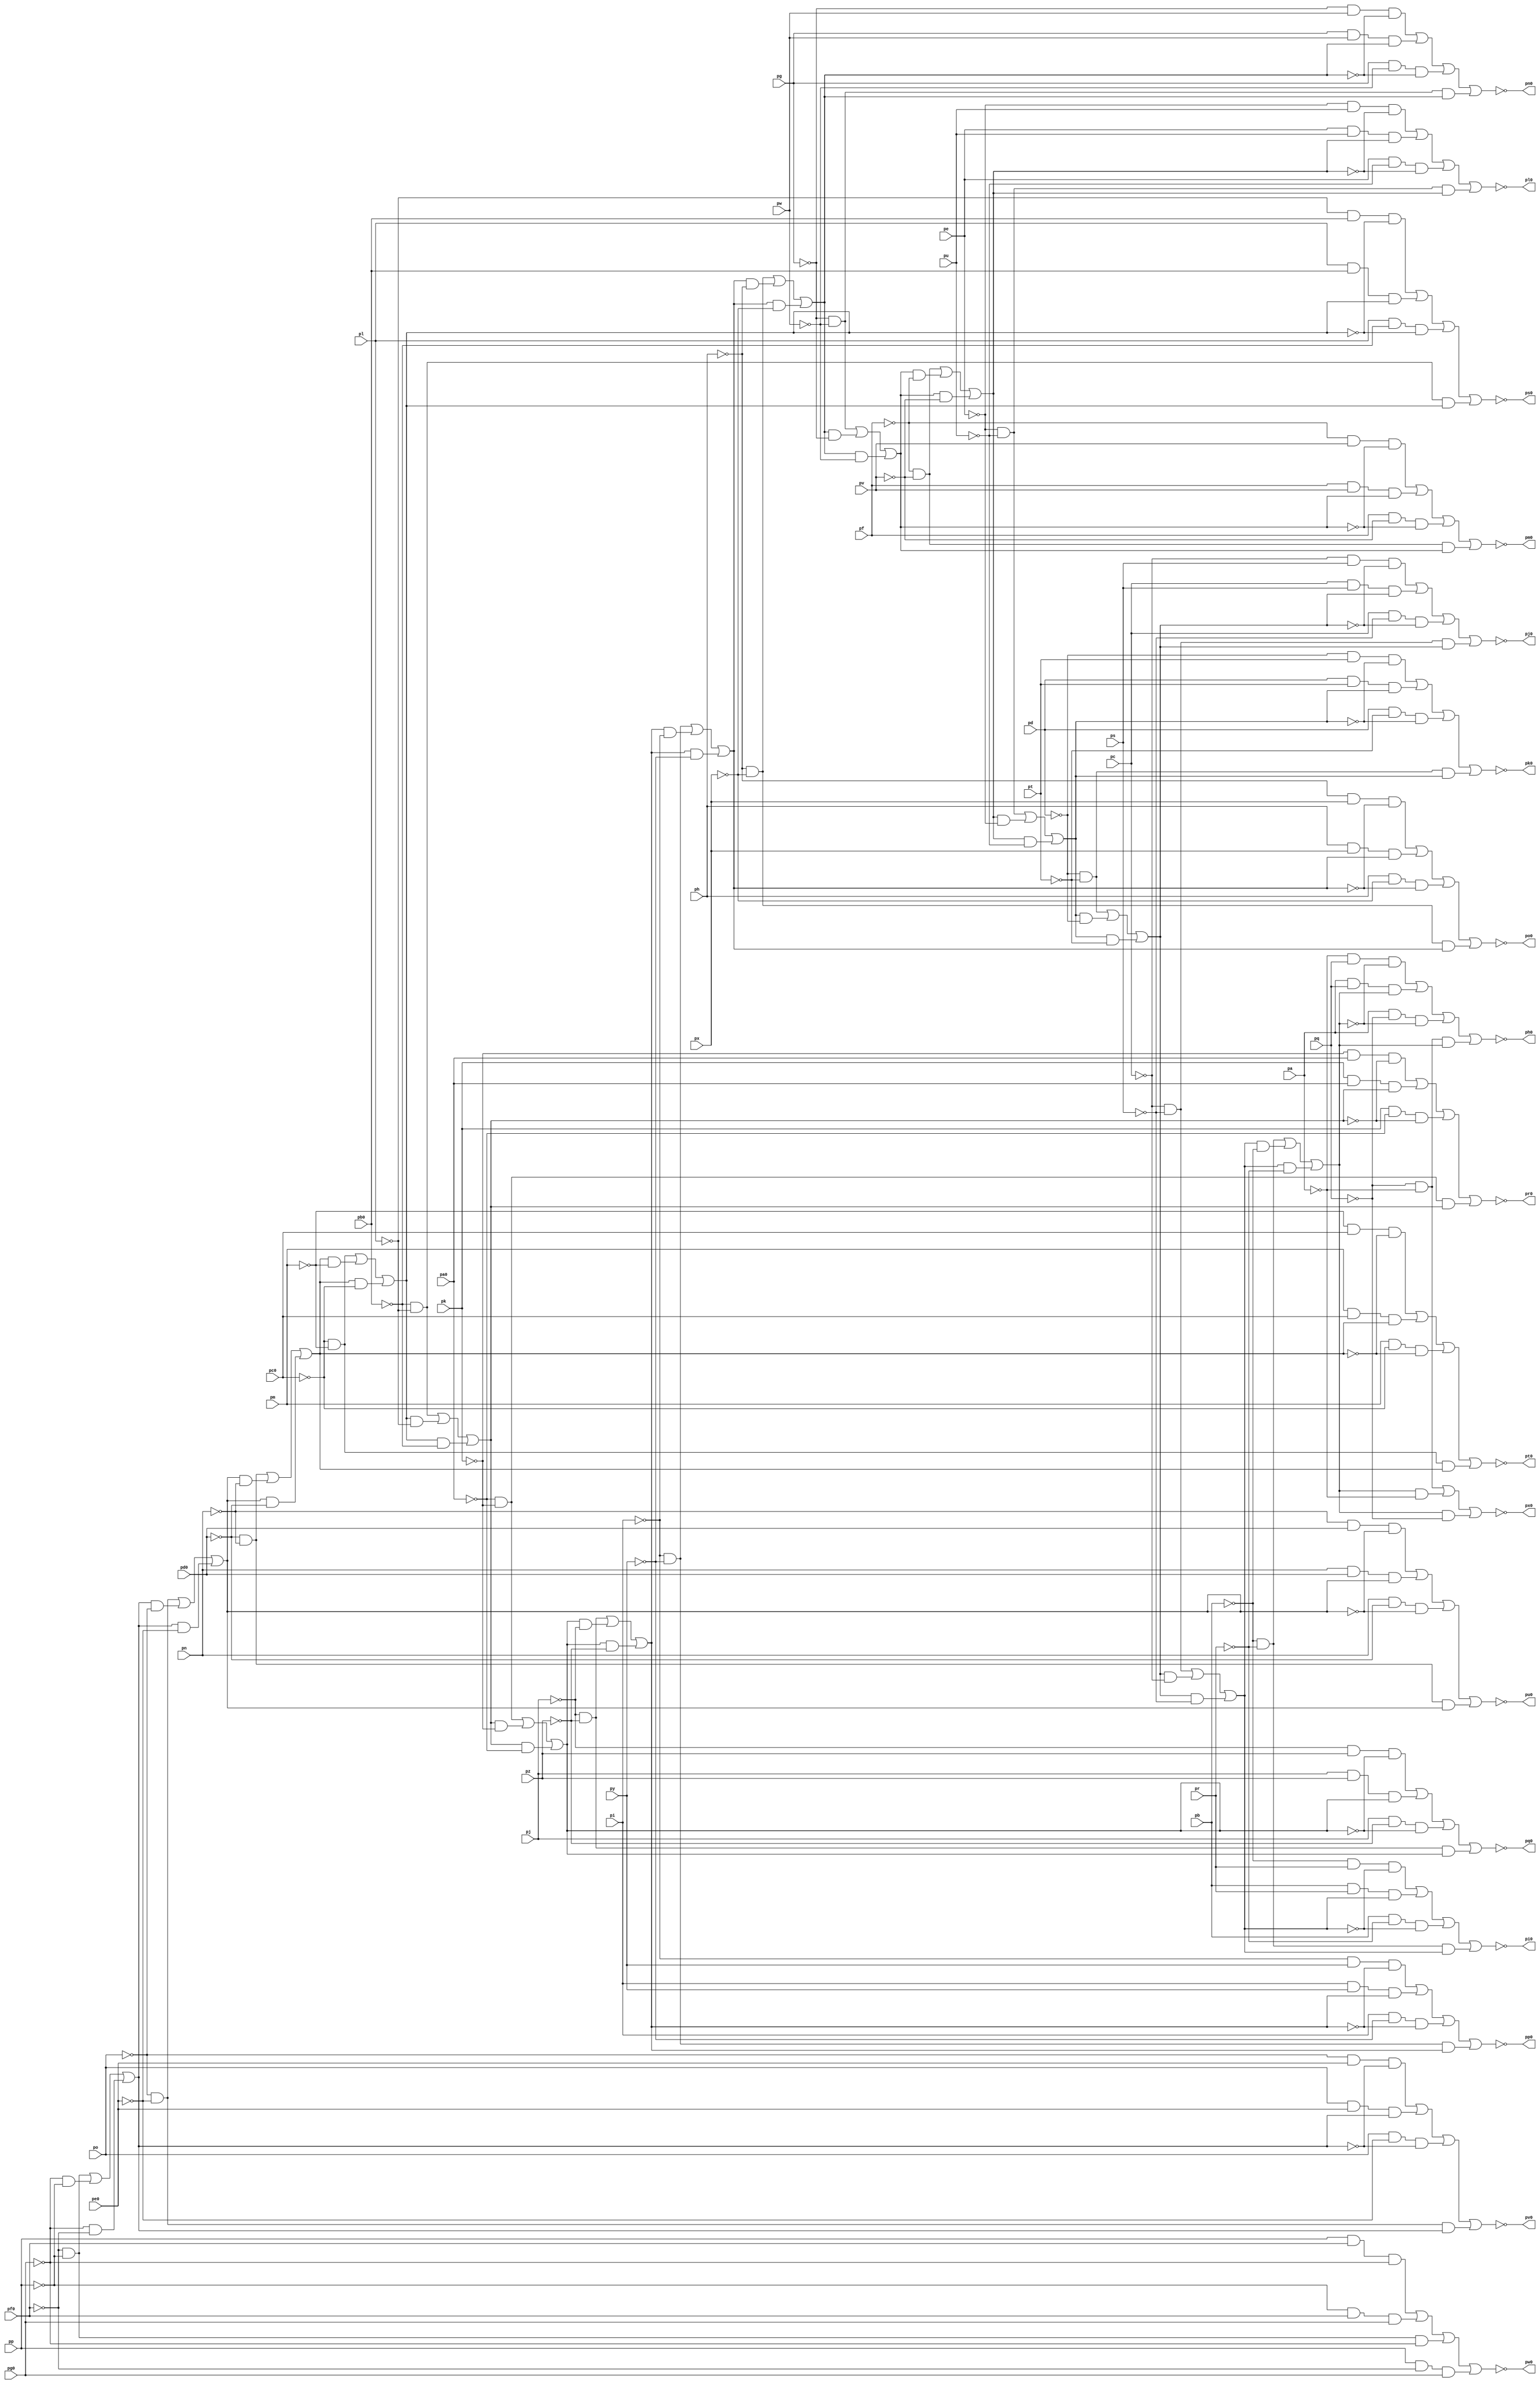
// Benchmark "top" written by ABC on Fri Mar 31 12:08:11 2023

module top ( 
    pp, pa0, pq, pb0, pr, pc0, ps, pd0, pt, pe0, pu, pf0, pv, pg0, pw, px,
    py, pz, pa, pb, pc, pd, pe, pf, pg, ph, pi, pj, pk, pl, pm, pn, po,
    ph0, pi0, pj0, pk0, pl0, pm0, pn0, po0, pp0, pq0, pr0, ps0, pt0, pu0,
    pv0, pw0, px0  );
  input  pp, pa0, pq, pb0, pr, pc0, ps, pd0, pt, pe0, pu, pf0, pv, pg0,
    pw, px, py, pz, pa, pb, pc, pd, pe, pf, pg, ph, pi, pj, pk, pl, pm, pn,
    po;
  output ph0, pi0, pj0, pk0, pl0, pm0, pn0, po0, pp0, pq0, pr0, ps0, pt0, pu0,
    pv0, pw0, px0;
  wire new_np_, new_na0_, new_nq_, new_nb0_, new_nr_, new_nc0_, new_ns_,
    new_nd0_, new_nt_, new_ne0_, new_nu_, new_nf0_, new_nv_, new_ng0_,
    new_nw_, new_nx_, new_ny_, new_nz_, new_na_, new_nb_, new_nc_, new_nd_,
    new_ne_, new_nf_, new_ng_, new_nh_, new_ni_, new_nj_, new_nk_, new_nl_,
    new_nm_, new_nn_, new_no_, new_nq1_, new_n_n120_, new_nb2_,
    new_n_n103_, new_n_n94_, new_n_n86_, new_nl2_, new_n_n156_, new_nz1_,
    new_n_n112_, new_n_n102_, new_n_n95_, new_n_n85_, new_n_n78_,
    new_n_n157_, new_n_n136_, new_nx1_, new_n_n101_, new_ng2_, new_n_n87_,
    new_n_n79_, new_n_n158_, new_nv1_, new_n_n128_, new_n_n100_,
    new_n_n93_, new_ni2_, new_n_n80_, new_n_n152_, new_nt1_, new_ne2_,
    new_n_n91_, new_n_n83_, new_nm2_, new_nq0_, new_n_n153_, new_nr1_,
    new_n_n144_, new_n_n99_, new_n_n92_, new_n_n82_, new_n_n75_,
    new_n_n154_, new_n_n98_, new_nh2_, new_n_n84_, new_n_n76_, new_n_n155_,
    new_n_n97_, new_n_n90_, new_nj2_, new_n_n77_, new_n_n149_, new_n_n140_,
    new_nw1_, new_n_n123_, new_n_n114_, new_n_n105_, new_nm0_, new_n_n148_,
    new_n_n141_, new_n_n131_, new_ny1_, new_n_n113_, new_n_n106_, new_nn0_,
    new_n_n151_, new_n_n142_, new_n_n130_, new_n_n121_, new_na2_,
    new_n_n107_, new_no0_, new_n_n150_, new_n_n143_, new_n_n129_,
    new_n_n122_, new_n_n115_, new_nc2_, new_np0_, new_n_n159_, new_n_n146_,
    new_n_n137_, new_n_n135_, new_n_n126_, new_n_n117_, new_n_n108_,
    new_n_n89_, new_nk2_, new_ni0_, new_np1_, new_n_n145_, new_n_n138_,
    new_n_n134_, new_n_n127_, new_n_n116_, new_n_n109_, new_n_n88_,
    new_n_n81_, new_nj0_, new_ns1_, new_n_n139_, new_n_n133_, new_n_n124_,
    new_n_n119_, new_n_n110_, new_n_n104_, new_nf2_, new_nk0_, new_n_n147_,
    new_nu1_, new_n_n132_, new_n_n125_, new_n_n118_, new_n_n111_, new_nd2_,
    new_n_n96_, new_nl0_, new_n_n70_, new_n_n62_, new_nt2_, new_n_n44_,
    new_n_n33_, new_n_n71_, new_n_n61_, new_n_n54_, new_n_n43_, new_n_n34_,
    new_nn2_, new_n_n60_, new_n_n52_, new_n_n46_, new_n_n35_, new_n_n72_,
    new_nr2_, new_n_n53_, new_n_n45_, new_n_n36_, new_nh0_, new_n_n73_,
    new_n_n26_, new_n_n15_, new_n_n4_, new_nr0_, new_n_n74_, new_n_n25_,
    new_n_n16_, new_n_n3_, new_ns0_, new_n_n24_, new_n_n13_, new_n_n6_,
    new_nt0_, new_n_n23_, new_n_n14_, new_n_n5_, new_nu0_, new_n_n51_,
    new_n_n41_, new_n_n30_, new_n_n19_, new_n_n8_, new_nv0_, new_nu2_,
    new_n_n42_, new_n_n29_, new_n_n20_, new_n_n7_, new_nw0_, new_n_n66_,
    new_n_n58_, new_n_n28_, new_n_n17_, new_n_n10_, new_nx0_, new_np2_,
    new_n_n59_, new_n_n27_, new_n_n18_, new_n_n9_, new_n_n0_, new_n_n67_,
    new_n_n65_, new_ns2_, new_n_n48_, new_n_n37_, new_n_n12_, new_n_n1_,
    new_n_n68_, new_n_n64_, new_n_n57_, new_n_n47_, new_n_n38_, new_n_n11_,
    new_n_n2_, new_no2_, new_n_n63_, new_n_n55_, new_n_n50_, new_n_n39_,
    new_n_n32_, new_n_n21_, new_n_n69_, new_nq2_, new_n_n56_, new_n_n49_,
    new_n_n40_, new_n_n31_, new_n_n22_;
  assign new_np_ = pp;
  assign new_na0_ = pa0;
  assign new_nq_ = pq;
  assign new_nb0_ = pb0;
  assign new_nr_ = pr;
  assign new_nc0_ = pc0;
  assign new_ns_ = ps;
  assign new_nd0_ = pd0;
  assign new_nt_ = pt;
  assign new_ne0_ = pe0;
  assign new_nu_ = pu;
  assign new_nf0_ = pf0;
  assign new_nv_ = pv;
  assign new_ng0_ = pg0;
  assign new_nw_ = pw;
  assign ph0 = new_nh0_;
  assign new_nx_ = px;
  assign pi0 = new_ni0_;
  assign new_ny_ = py;
  assign pj0 = new_nj0_;
  assign new_nz_ = pz;
  assign pk0 = new_nk0_;
  assign pl0 = new_nl0_;
  assign pm0 = new_nm0_;
  assign pn0 = new_nn0_;
  assign po0 = new_no0_;
  assign pp0 = new_np0_;
  assign new_na_ = pa;
  assign pq0 = new_nq0_;
  assign new_nb_ = pb;
  assign pr0 = new_nr0_;
  assign new_nc_ = pc;
  assign ps0 = new_ns0_;
  assign new_nd_ = pd;
  assign pt0 = new_nt0_;
  assign new_ne_ = pe;
  assign pu0 = new_nu0_;
  assign new_nf_ = pf;
  assign pv0 = new_nv0_;
  assign new_ng_ = pg;
  assign pw0 = new_nw0_;
  assign new_nh_ = ph;
  assign px0 = new_nx0_;
  assign new_ni_ = pi;
  assign new_nj_ = pj;
  assign new_nk_ = pk;
  assign new_nl_ = pl;
  assign new_nm_ = pm;
  assign new_nn_ = pn;
  assign new_no_ = po;
  assign new_nq1_ = new_n_n153_ | new_n_n155_ | new_n_n152_ | new_n_n154_;
  assign new_n_n120_ = new_nj_ & new_n_n31_ & new_n_n9_;
  assign new_nb2_ = new_n_n109_ | new_n_n111_ | new_n_n108_ | new_n_n110_;
  assign new_n_n103_ = new_no_ & new_ne0_ & new_ng2_;
  assign new_n_n94_ = new_nu2_ & new_n_n15_;
  assign new_n_n86_ = new_n_n23_ & new_n_n22_;
  assign new_nl2_ = new_n_n77_ | new_n_n76_ | new_n_n75_;
  assign new_n_n156_ = new_na_ & new_n_n16_ & new_n_n0_;
  assign new_nz1_ = new_n_n117_ | new_n_n119_ | new_n_n116_ | new_n_n118_;
  assign new_n_n112_ = new_nl_ & new_n_n27_ & new_n_n11_;
  assign new_n_n102_ = new_n_n20_ & new_n_n21_ & new_ng2_;
  assign new_n_n95_ = new_n_n16_ & new_n_n15_;
  assign new_n_n85_ = new_nh2_ & new_n_n22_;
  assign new_n_n78_ = new_nj2_ & new_n_n27_;
  assign new_n_n157_ = new_n_n15_ & new_nq_ & new_n_n0_;
  assign new_n_n136_ = new_nf_ & new_n_n39_ & new_n_n5_;
  assign new_nx1_ = new_n_n125_ | new_n_n127_ | new_n_n124_ | new_n_n126_;
  assign new_n_n101_ = new_n_n20_ & new_ne0_ & new_n_n14_;
  assign new_ng2_ = new_n_n92_ | new_n_n91_ | new_n_n90_;
  assign new_n_n87_ = new_ng2_ & new_n_n21_;
  assign new_n_n79_ = new_nj2_ & new_n_n26_;
  assign new_n_n158_ = new_n_n15_ & new_n_n16_ & new_nu2_;
  assign new_nv1_ = new_n_n133_ | new_n_n135_ | new_n_n132_ | new_n_n134_;
  assign new_n_n128_ = new_nh_ & new_n_n35_ & new_n_n7_;
  assign new_n_n100_ = new_no_ & new_n_n21_ & new_n_n14_;
  assign new_n_n93_ = new_nu2_ & new_n_n16_;
  assign new_ni2_ = new_n_n86_ | new_n_n85_ | new_n_n84_;
  assign new_n_n80_ = new_n_n27_ & new_n_n26_;
  assign new_n_n152_ = new_nb_ & new_n_n47_ & new_n_n1_;
  assign new_nt1_ = new_n_n141_ | new_n_n143_ | new_n_n140_ | new_n_n142_;
  assign new_ne2_ = new_n_n97_ | new_n_n99_ | new_n_n96_ | new_n_n98_;
  assign new_n_n91_ = new_n_n18_ & new_n_n17_;
  assign new_n_n83_ = new_n_n25_ & new_n_n24_;
  assign new_nm2_ = new_n_n74_ | new_n_n73_ | new_n_n72_;
  assign new_nq0_ = ~new_ny1_;
  assign new_n_n153_ = new_n_n46_ & new_nr_ & new_n_n1_;
  assign new_nr1_ = new_n_n149_ | new_n_n151_ | new_n_n148_ | new_n_n150_;
  assign new_n_n144_ = new_nd_ & new_n_n43_ & new_n_n3_;
  assign new_n_n99_ = new_n_n17_ & new_nf0_ & new_ng0_;
  assign new_n_n92_ = new_n_n19_ & new_n_n17_;
  assign new_n_n82_ = new_ni2_ & new_n_n24_;
  assign new_n_n75_ = new_nk2_ & new_n_n29_;
  assign new_n_n154_ = new_n_n46_ & new_n_n47_ & new_nt2_;
  assign new_n_n98_ = new_np_ & new_n_n19_ & new_ng0_;
  assign new_nh2_ = new_n_n89_ | new_n_n88_ | new_n_n87_;
  assign new_n_n84_ = new_nh2_ & new_n_n23_;
  assign new_n_n76_ = new_nk2_ & new_n_n28_;
  assign new_n_n155_ = new_nb_ & new_nr_ & new_nt2_;
  assign new_n_n97_ = new_np_ & new_nf0_ & new_n_n18_;
  assign new_n_n90_ = new_n_n18_ & new_n_n19_;
  assign new_nj2_ = new_n_n83_ | new_n_n82_ | new_n_n81_;
  assign new_n_n77_ = new_n_n29_ & new_n_n28_;
  assign new_n_n149_ = new_n_n44_ & new_ns_ & new_n_n2_;
  assign new_n_n140_ = new_ne_ & new_n_n41_ & new_n_n4_;
  assign new_nw1_ = new_n_n129_ | new_n_n131_ | new_n_n128_ | new_n_n130_;
  assign new_n_n123_ = new_nj_ & new_nz_ & new_nl2_;
  assign new_n_n114_ = new_n_n26_ & new_n_n27_ & new_nj2_;
  assign new_n_n105_ = new_n_n22_ & new_nd0_ & new_n_n13_;
  assign new_nm0_ = ~new_nu1_;
  assign new_n_n148_ = new_nc_ & new_n_n45_ & new_n_n2_;
  assign new_n_n141_ = new_n_n40_ & new_nu_ & new_n_n4_;
  assign new_n_n131_ = new_nh_ & new_nx_ & new_nn2_;
  assign new_ny1_ = new_n_n121_ | new_n_n123_ | new_n_n120_ | new_n_n122_;
  assign new_n_n113_ = new_n_n26_ & new_nb0_ & new_n_n11_;
  assign new_n_n106_ = new_n_n22_ & new_n_n23_ & new_nh2_;
  assign new_nn0_ = ~new_nv1_;
  assign new_n_n151_ = new_nc_ & new_ns_ & new_ns2_;
  assign new_n_n142_ = new_n_n40_ & new_n_n41_ & new_nq2_;
  assign new_n_n130_ = new_n_n34_ & new_n_n35_ & new_nn2_;
  assign new_n_n121_ = new_n_n30_ & new_nz_ & new_n_n9_;
  assign new_na2_ = new_n_n113_ | new_n_n115_ | new_n_n112_ | new_n_n114_;
  assign new_n_n107_ = new_nn_ & new_nd0_ & new_nh2_;
  assign new_no0_ = ~new_nw1_;
  assign new_n_n150_ = new_n_n44_ & new_n_n45_ & new_ns2_;
  assign new_n_n143_ = new_ne_ & new_nu_ & new_nq2_;
  assign new_n_n129_ = new_n_n34_ & new_nx_ & new_n_n7_;
  assign new_n_n122_ = new_n_n30_ & new_n_n31_ & new_nl2_;
  assign new_n_n115_ = new_nl_ & new_nb0_ & new_nj2_;
  assign new_nc2_ = new_n_n105_ | new_n_n107_ | new_n_n104_ | new_n_n106_;
  assign new_np0_ = ~new_nx1_;
  assign new_n_n159_ = new_na_ & new_nq_ & new_nu2_;
  assign new_n_n146_ = new_n_n42_ & new_n_n43_ & new_nr2_;
  assign new_n_n137_ = new_n_n38_ & new_nv_ & new_n_n5_;
  assign new_n_n135_ = new_ng_ & new_nw_ & new_no2_;
  assign new_n_n126_ = new_n_n32_ & new_n_n33_ & new_nm2_;
  assign new_n_n117_ = new_n_n28_ & new_na0_ & new_n_n10_;
  assign new_n_n108_ = new_nm_ & new_n_n25_ & new_n_n12_;
  assign new_n_n89_ = new_n_n21_ & new_n_n20_;
  assign new_nk2_ = new_n_n80_ | new_n_n79_ | new_n_n78_;
  assign new_ni0_ = ~new_nq1_;
  assign new_np1_ = new_n_n157_ | new_n_n159_ | new_n_n156_ | new_n_n158_;
  assign new_n_n145_ = new_n_n42_ & new_nt_ & new_n_n3_;
  assign new_n_n138_ = new_n_n38_ & new_n_n39_ & new_np2_;
  assign new_n_n134_ = new_n_n36_ & new_n_n37_ & new_no2_;
  assign new_n_n127_ = new_ni_ & new_ny_ & new_nm2_;
  assign new_n_n116_ = new_nk_ & new_n_n29_ & new_n_n10_;
  assign new_n_n109_ = new_n_n24_ & new_nc0_ & new_n_n12_;
  assign new_n_n88_ = new_ng2_ & new_n_n20_;
  assign new_n_n81_ = new_ni2_ & new_n_n25_;
  assign new_nj0_ = ~new_nr1_;
  assign new_ns1_ = new_n_n145_ | new_n_n147_ | new_n_n144_ | new_n_n146_;
  assign new_n_n139_ = new_nf_ & new_nv_ & new_np2_;
  assign new_n_n133_ = new_n_n36_ & new_nw_ & new_n_n6_;
  assign new_n_n124_ = new_ni_ & new_n_n33_ & new_n_n8_;
  assign new_n_n119_ = new_nk_ & new_na0_ & new_nk2_;
  assign new_n_n110_ = new_n_n24_ & new_n_n25_ & new_ni2_;
  assign new_n_n104_ = new_nn_ & new_n_n23_ & new_n_n13_;
  assign new_nf2_ = new_n_n95_ | new_n_n94_ | new_n_n93_;
  assign new_nk0_ = ~new_ns1_;
  assign new_n_n147_ = new_nd_ & new_nt_ & new_nr2_;
  assign new_nu1_ = new_n_n137_ | new_n_n139_ | new_n_n136_ | new_n_n138_;
  assign new_n_n132_ = new_ng_ & new_n_n37_ & new_n_n6_;
  assign new_n_n125_ = new_n_n32_ & new_ny_ & new_n_n8_;
  assign new_n_n118_ = new_n_n28_ & new_n_n29_ & new_nk2_;
  assign new_n_n111_ = new_nm_ & new_nc0_ & new_ni2_;
  assign new_nd2_ = new_n_n101_ | new_n_n103_ | new_n_n100_ | new_n_n102_;
  assign new_n_n96_ = new_n_n17_ & new_n_n19_ & new_n_n18_;
  assign new_nl0_ = ~new_nt1_;
  assign new_n_n70_ = new_nm2_ & new_n_n32_;
  assign new_n_n62_ = new_n_n39_ & new_n_n38_;
  assign new_nt2_ = new_n_n53_ | new_n_n52_ | new_n_n51_;
  assign new_n_n44_ = ~new_nc_;
  assign new_n_n33_ = ~new_ny_;
  assign new_n_n71_ = new_n_n33_ & new_n_n32_;
  assign new_n_n61_ = new_np2_ & new_n_n38_;
  assign new_n_n54_ = new_nr2_ & new_n_n43_;
  assign new_n_n43_ = ~new_nt_;
  assign new_n_n34_ = ~new_nh_;
  assign new_nn2_ = new_n_n71_ | new_n_n70_ | new_n_n69_;
  assign new_n_n60_ = new_np2_ & new_n_n39_;
  assign new_n_n52_ = new_ns2_ & new_n_n44_;
  assign new_n_n46_ = ~new_nb_;
  assign new_n_n35_ = ~new_nx_;
  assign new_n_n72_ = new_nl2_ & new_n_n31_;
  assign new_nr2_ = new_n_n59_ | new_n_n58_ | new_n_n57_;
  assign new_n_n53_ = new_n_n45_ & new_n_n44_;
  assign new_n_n45_ = ~new_ns_;
  assign new_n_n36_ = ~new_ng_;
  assign new_nh0_ = ~new_np1_;
  assign new_n_n73_ = new_nl2_ & new_n_n30_;
  assign new_n_n26_ = ~new_nl_;
  assign new_n_n15_ = ~new_na_;
  assign new_n_n4_ = ~new_nq2_;
  assign new_nr0_ = ~new_nz1_;
  assign new_n_n74_ = new_n_n31_ & new_n_n30_;
  assign new_n_n25_ = ~new_nc0_;
  assign new_n_n16_ = ~new_nq_;
  assign new_n_n3_ = ~new_nr2_;
  assign new_ns0_ = ~new_na2_;
  assign new_n_n24_ = ~new_nm_;
  assign new_n_n13_ = ~new_nh2_;
  assign new_n_n6_ = ~new_no2_;
  assign new_nt0_ = ~new_nb2_;
  assign new_n_n23_ = ~new_nd0_;
  assign new_n_n14_ = ~new_ng2_;
  assign new_n_n5_ = ~new_np2_;
  assign new_nu0_ = ~new_nc2_;
  assign new_n_n51_ = new_ns2_ & new_n_n45_;
  assign new_n_n41_ = ~new_nu_;
  assign new_n_n30_ = ~new_nj_;
  assign new_n_n19_ = ~new_nf0_;
  assign new_n_n8_ = ~new_nm2_;
  assign new_nv0_ = ~new_nd2_;
  assign new_nu2_ = new_n_n50_ | new_n_n49_ | new_n_n48_;
  assign new_n_n42_ = ~new_nd_;
  assign new_n_n29_ = ~new_na0_;
  assign new_n_n20_ = ~new_no_;
  assign new_n_n7_ = ~new_nn2_;
  assign new_nw0_ = ~new_ne2_;
  assign new_n_n66_ = new_nn2_ & new_n_n35_;
  assign new_n_n58_ = new_nq2_ & new_n_n40_;
  assign new_n_n28_ = ~new_nk_;
  assign new_n_n17_ = ~new_np_;
  assign new_n_n10_ = ~new_nk2_;
  assign new_nx0_ = ~new_nf2_;
  assign new_np2_ = new_n_n65_ | new_n_n64_ | new_n_n63_;
  assign new_n_n59_ = new_n_n41_ & new_n_n40_;
  assign new_n_n27_ = ~new_nb0_;
  assign new_n_n18_ = ~new_ng0_;
  assign new_n_n9_ = ~new_nl2_;
  assign new_n_n0_ = ~new_nu2_;
  assign new_n_n67_ = new_nn2_ & new_n_n34_;
  assign new_n_n65_ = new_n_n37_ & new_n_n36_;
  assign new_ns2_ = new_n_n56_ | new_n_n55_ | new_n_n54_;
  assign new_n_n48_ = new_nt2_ & new_n_n47_;
  assign new_n_n37_ = ~new_nw_;
  assign new_n_n12_ = ~new_ni2_;
  assign new_n_n1_ = ~new_nt2_;
  assign new_n_n68_ = new_n_n35_ & new_n_n34_;
  assign new_n_n64_ = new_no2_ & new_n_n36_;
  assign new_n_n57_ = new_nq2_ & new_n_n41_;
  assign new_n_n47_ = ~new_nr_;
  assign new_n_n38_ = ~new_nf_;
  assign new_n_n11_ = ~new_nj2_;
  assign new_n_n2_ = ~new_ns2_;
  assign new_no2_ = new_n_n68_ | new_n_n67_ | new_n_n66_;
  assign new_n_n63_ = new_no2_ & new_n_n37_;
  assign new_n_n55_ = new_nr2_ & new_n_n42_;
  assign new_n_n50_ = new_n_n47_ & new_n_n46_;
  assign new_n_n39_ = ~new_nv_;
  assign new_n_n32_ = ~new_ni_;
  assign new_n_n21_ = ~new_ne0_;
  assign new_n_n69_ = new_nm2_ & new_n_n33_;
  assign new_nq2_ = new_n_n62_ | new_n_n61_ | new_n_n60_;
  assign new_n_n56_ = new_n_n43_ & new_n_n42_;
  assign new_n_n49_ = new_nt2_ & new_n_n46_;
  assign new_n_n40_ = ~new_ne_;
  assign new_n_n31_ = ~new_nz_;
  assign new_n_n22_ = ~new_nn_;
endmodule